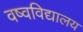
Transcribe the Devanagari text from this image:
वष्वविद्यालय